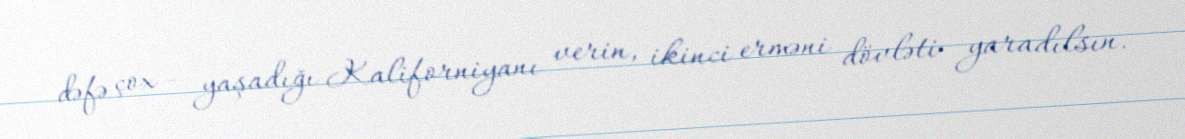
dəfə çox - yaşadığı Kaliforniyanı verin, ikinci erməni dövləti yaradılsın.